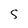
Character: S